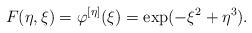
LaTeX: \begin{align*} F(\eta,\xi) = \varphi^{[\eta]}(\xi) = \exp(-\xi^2+\eta^3). \end{align*}